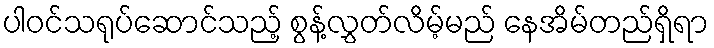
ပါဝင်သရုပ်ဆောင်သည့် စွန့်လွှတ်လိမ့်မည် နေအိမ်တည်ရှိရာ